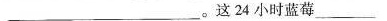
___。这24小时蓝莓___。